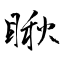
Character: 瞅